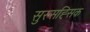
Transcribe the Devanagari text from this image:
सुस्सह्सिक